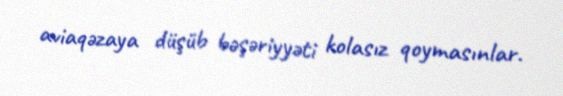
aviaqəzaya düşüb bəşəriyyəti kolasız qoymasınlar.